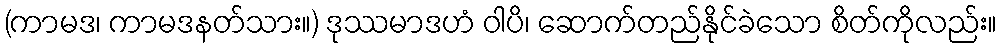
(ကာမဒ၊ ကာမဒနတ်သား။) ဒုဿမာဒဟံ ဝါပိ၊ ဆောက်တည်နိုင်ခဲသော စိတ်ကိုလည်း။